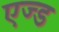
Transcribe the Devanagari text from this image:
एज्ड